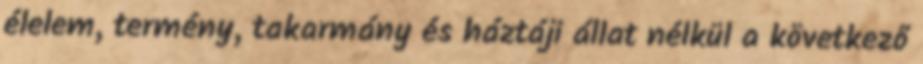
élelem, termény, takarmány és háztáji állat nélkül a következő